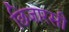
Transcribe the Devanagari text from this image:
छिजारसी